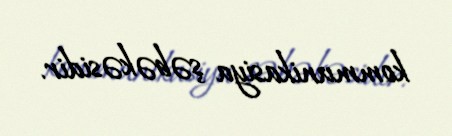
kommunikasiya şəbəkəsidir.